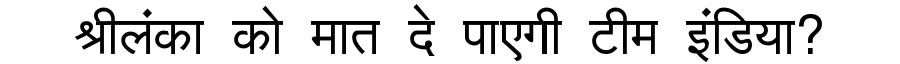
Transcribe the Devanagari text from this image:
श्रीलंका को मात दे पाएगी टीम इंडिया?